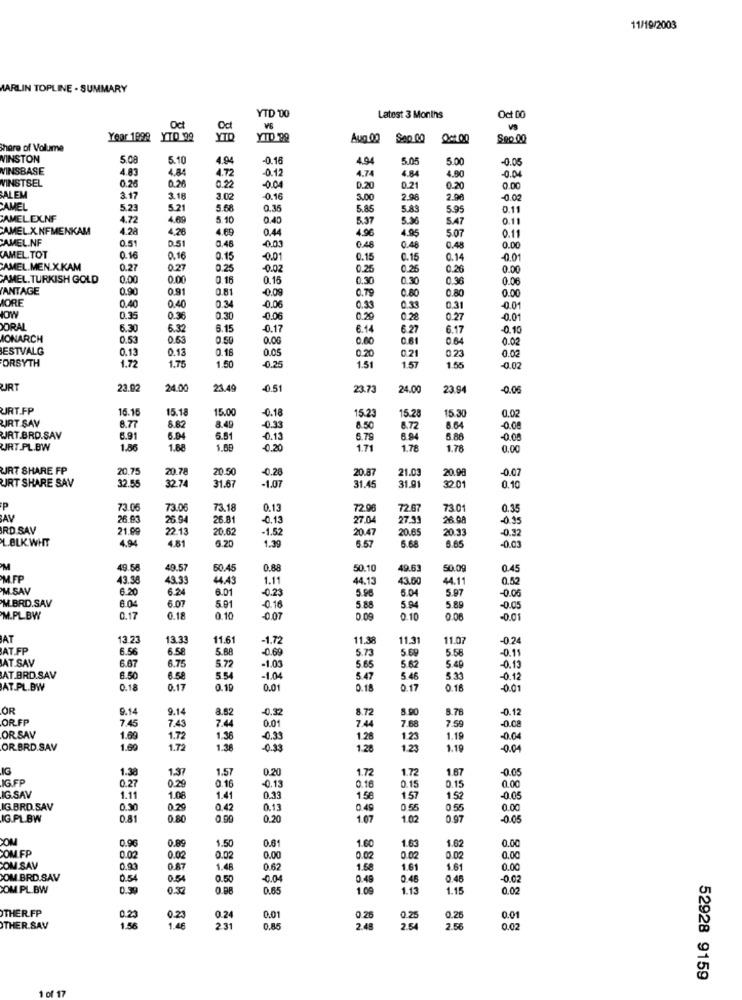
11/19/2003
MARLIN TOPLINE . SUMMARY
YTD TO
Latest 3 Months
Oct DO
V6
VS
Yoor 1899 YTD 99
YID
YID 99
Aug.00
Sep.00
00.00
Sep 00
hare of Volume
WINSTON
5.10
4.94
-0.18
4.94
5.05
5.00
-0.05
NINSBASE
4.83
4.84
4.72
-0.12
4.74
-0.04
0.26
0.26
0.22
4.84
4.90
WINSTSEL
-0.00
0.20
0.21
0.20
0.00
SALEM
3.17
3.18
3.02
-0.16
3.00
2.98
2.98
-0.02
CAMEL
5.23
5.21
5.58
0.35
5.85
5.83
5.95
0.11
AMELEXNF
4.72
4.69
5.10
0.40
5.37
5.36
5.47
0.11
CAMEL.X.NFMENKAM
4.28
4.26
4.69
0.44
4.96
4.95
5.07
CAMEL.NF
0.51
D.51
0.48
0.11
-0.03
0.48
0.48
0.48
0.00
AMEL. TOT
0.16
0,16
0.15
-0.01
0.15
0.15
0.14
-0.01
CAMEL.MEN.X.KAM
0.27
0.27
0.25
-0.02
0.25
0.25
0.26
0.00
CAMEL. TURKISH GOLD
0.00
0.00
0.16
0.15
0.30
0.30
0.36
0.06
ANTAGE
0.90
0.91
0.81
-0.09
0.79
0.80
0.80
0.00
ORE
0.34
0.40
0.40
-0.06
0.33
0.33
0.31
-0.01
IOW
0.3
0.36
0.30
-0.06
0.29
0.28
0.27
0.01
ORAL
6.30
6.32
6.15
-0.17
6.14
6.27
6.17
-0.10
MONARCH
0.53
0.53
0.50
0.06
0.00
0.61
0.64
0.02
ESTVALG
0.13
0.13
0.18
0.05
0.23
0.02
1.72
1.75
1.50
-0,25
0.20
0.21
1.57
FORSYTH
1.51
1.55
-0.02
URT
23.92
24.00
23.49
-0.51
23.73
24.00
23.94
-0.06
URT.FP
15.16
15.18
15.00
-0.18
15.23
15.2
15.30
0.02
URT SAV
8.77
8.82
8.49
-0.33
8.50
8.72
8.64
-0.08
JRT.BRD.SAV
6.91
6.94
5.51
-0.13
6.79
8.94
5.88
-0.00
URT.PL.BW
1.86
1.68
1.68
-0.20
1.71
1.78
1.78
0.00
URT SHARE FP
20.75
20.78
20.50
-0.28
20.87
21.0
20.98
-0.07
32.55
31.91
URT SHARE SAV
32.74
31.67
-1.07
31.45
32.01
0.10
P
73.06
73.06
73.18
0.13
72.96
72.67
7301
0.35
JAV
26.03
26.94
26.81
0.13
27.04
27.33
26.98
-0.35
RD.SAV
21.99
22.13
20.62
-1.52
20.47
20.65
20.33
-0.32
L.BLK WHT
4.94
6.20
6.65
4.81
1.39
6.57
5.68
-0.03
M
49.58
49.57
60.45
0.88
50.10
49.63
50.09
0.45
.FP
43.38
43.33
44.49
1.11
44.13
43.60
44.11
0.52
M.SAV
6.20
6.24
6.01
-0.23
5.96
5.04
5.97
-0.06
M.BRD.SAV
6.04
6.07
5.91
-0.16
5.88
5.94
5.89
-0.05
M.PL.BW
0.17
0.18
0.10
-0.07
0 09
0.10
0.08
-0.01
AT
13.23
13.33
11.61
-1.72
11.38
11.3
11.07
-0.24
AT.FP
6.56
6.58
5.88
-0.69
5.73
5 69
5.58
-0.11
AT SAV
6.67
6.75
5.72
5.40
-1.03
5.65
5.62
-0.13
AT.BRD.SAV
8.50
6.58
5.54
-1.04
5.47
5.46
5.33
-0.12
AT.PL.BW
0.1
0.17
0.10
0.01
0.18
0.17
0.16
-0.01
OR
9.14
9.14
8.82
-0.32
8.90
8.78
-0.12
OR FF
7.45
0.01
7.44
7.59
7.43
7.44
7.68
-0.08
OR SAV
1.69
1.72
1.36
-0.33
1.28
1.23
1.19
-0.04
OR BRD.SAV
1.60
1.72
1.38
-0.33
1.28
1.23
1.19
-0.04
IG
1.38
1.37
1.57
0.20
1.72
1.72
1.67
-0.05
IG FP
0.15
0,00
0.27
0.29
0.16
-0.13
0.16
0.15
IG.SAV
1.11
1.08
1.41
0.33
1.5€
1.57
1.52
-0.05
IG.BRD.SAV
0.30
0.29
0.42
0.13
0 49
0.55
0.55
0.00
IG.PL.BW
0.81
0.80
0.99
0.20
1.07
1.02
0.97
-0.05
0.9
0.89
1.50
0.61
1.60
1.62
0.00
COM FP
1.63
0.02
0.02
0.02
0.00
0.02
0.02
0.02
0.00
COM SAV
0.93
0.87
1.48
0.62
1.58
1.61
1.61
0.00
SOM BRD.SAV
0.54
0.54
0.50
-0.04
0.49
0.48
0.46
-0.02
COM PL.BW
0.30
0.86
0.65
1.09
1.13
1.15
0.02
THER.FP
0.23
1.50
0.25
0.24
0.01
0 26
0.25
0.28
0.01
THER SAV
1.46
2.31
0.85
2.48
2.54
2.56
0.02
52928 9159
1 of 17